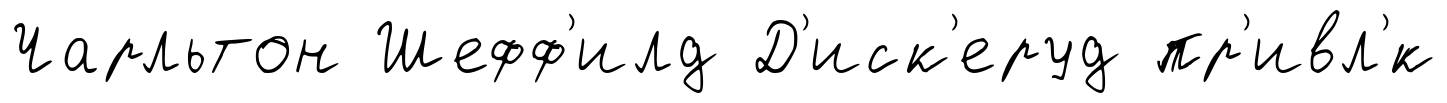
Чарльтон Шефф'илд Д'иск'еруд пр'ивл'́к